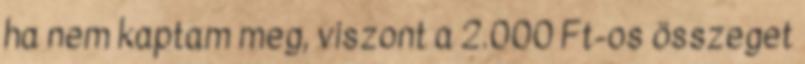
ha nem kaptam meg, viszont a 2.000 Ft-os összeget